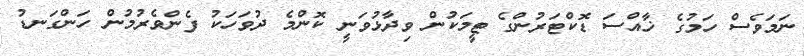
ނަމަވެސް ހަމުގެ ޚާއްސަ ޑޮކްޓަރުންގެ ޓީމަކުން ވިދާޅުވަނީ ކޮންމެ ދުވަހަކު ފެންވެރުމުން ހަންގަނޑު